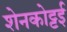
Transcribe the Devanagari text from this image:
शेनकोट्टई